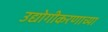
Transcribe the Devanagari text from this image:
उद्योगीकरणाच्या